Annual vaccination report of Bihar and Orissa - 1911-1928
Year: 1911
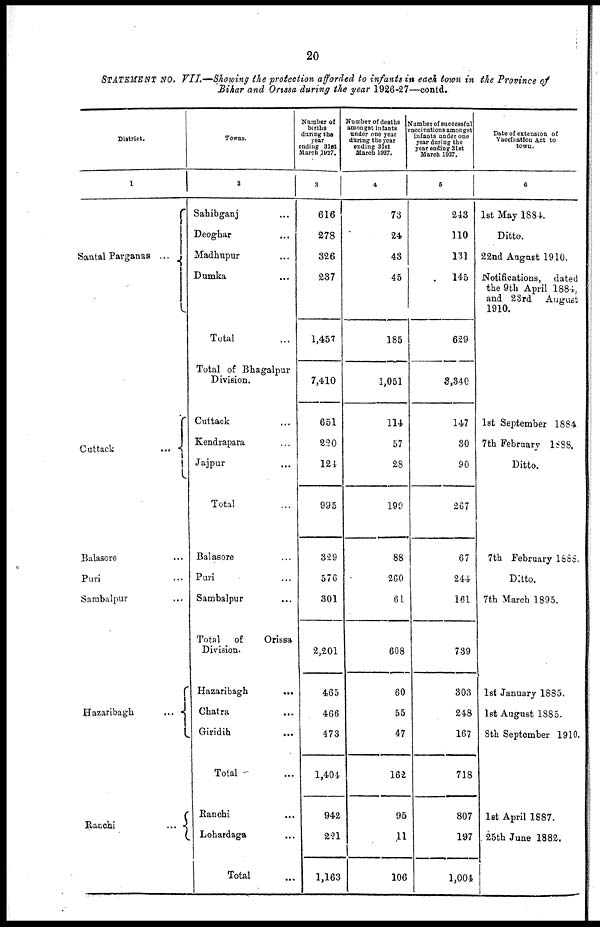
20
STATEMENT No. VII.—Showing the protection afforded to infants in each town in the Province of
Bihar and Orissa during the year 1926-27—contd.
District.
1
Santal Parganas ...
Cuttack
...
Balasore ...
Puri ...
Sambalpur ...
Hazaribagh
...
Ranchi
...
Towns.
2
Sahibganj ...
Deoghar ...
Madhupur ...
Dumka ...
Total ...
Total of Bhagalpur
Division.
Cuttack ...
Kendrapara ...
Jajpur ...
Total ...
Balasore ...
Puri ...
Sambalpur
...
Total of
Orissa
Division.
Hazaribagh
...
Chatra ...
Giridih
...
Total ...
Ranchi ...
Lohardaga ...
Total ...
Number of
births
during the
year
ending 31st
March 1927.
3
616
278
326
237
1,457
7,410
651
220
124
995
329
576
301
2,201
465
466
473
1,404
942
221
1,163
Number of deaths
amongst infants
under one year
during the year
ending 31st
March 1927.
4
73
24
43
45
185
1,051
114
57
28
199
88
260
61
608
60
55
47
162
95
11
106
Number of successful
vaccinations amongst
infants under one
year during the
year ending 31st
March. 1927.
5
243
110
131
145
629
3,340
147
30
90
267
67
244
161
739
303
248
167
718
807
197
1,004
Date of extension of
Vaccination Act to
town.
6
1st May 1884.
Ditto.
22nd August 1910.
Notifications, dated
the 9th April 1884,
and 23rd August
1910.
1st September 1884.
7th February 1888.
Ditto.
7th February 1888.
Ditto.
7th March 1895.
1st January 1885.
1st August 1885.
8th September 1910.
1st April 1887.
25th June 1882.